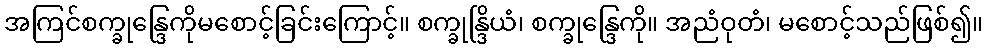
အကြင်စက္ခုန္ဒြေကိုမစောင့်ခြင်းကြောင့်။ စက္ခုန္ဒြိယံ၊ စက္ခုန္ဒြေကို။ အညံဝုတံ၊ မစောင့်သည်ဖြစ်၍။